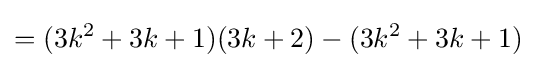
=(3k^{2}+3k+1)(3k+2)-(3k^{2}+3k+1)